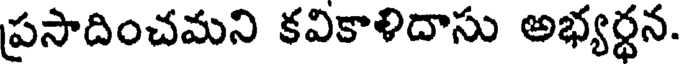
ప్రసాదించమని కవికాళిదాసు అభ్యర్థన.